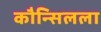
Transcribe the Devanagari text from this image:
कौन्सिलला